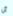
أن